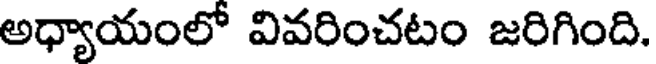
అధ్యాయంలో వివరించటం జరిగింది.